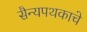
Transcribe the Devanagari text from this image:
सैन्यपथकाचे